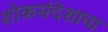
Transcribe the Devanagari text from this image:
शोकसंदेशाचा